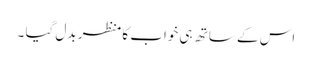
اس کے ساتھ ہی خواب کا منظر بدل گیا ۔